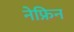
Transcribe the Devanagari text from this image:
नेफ्रिन